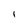
Character: 1